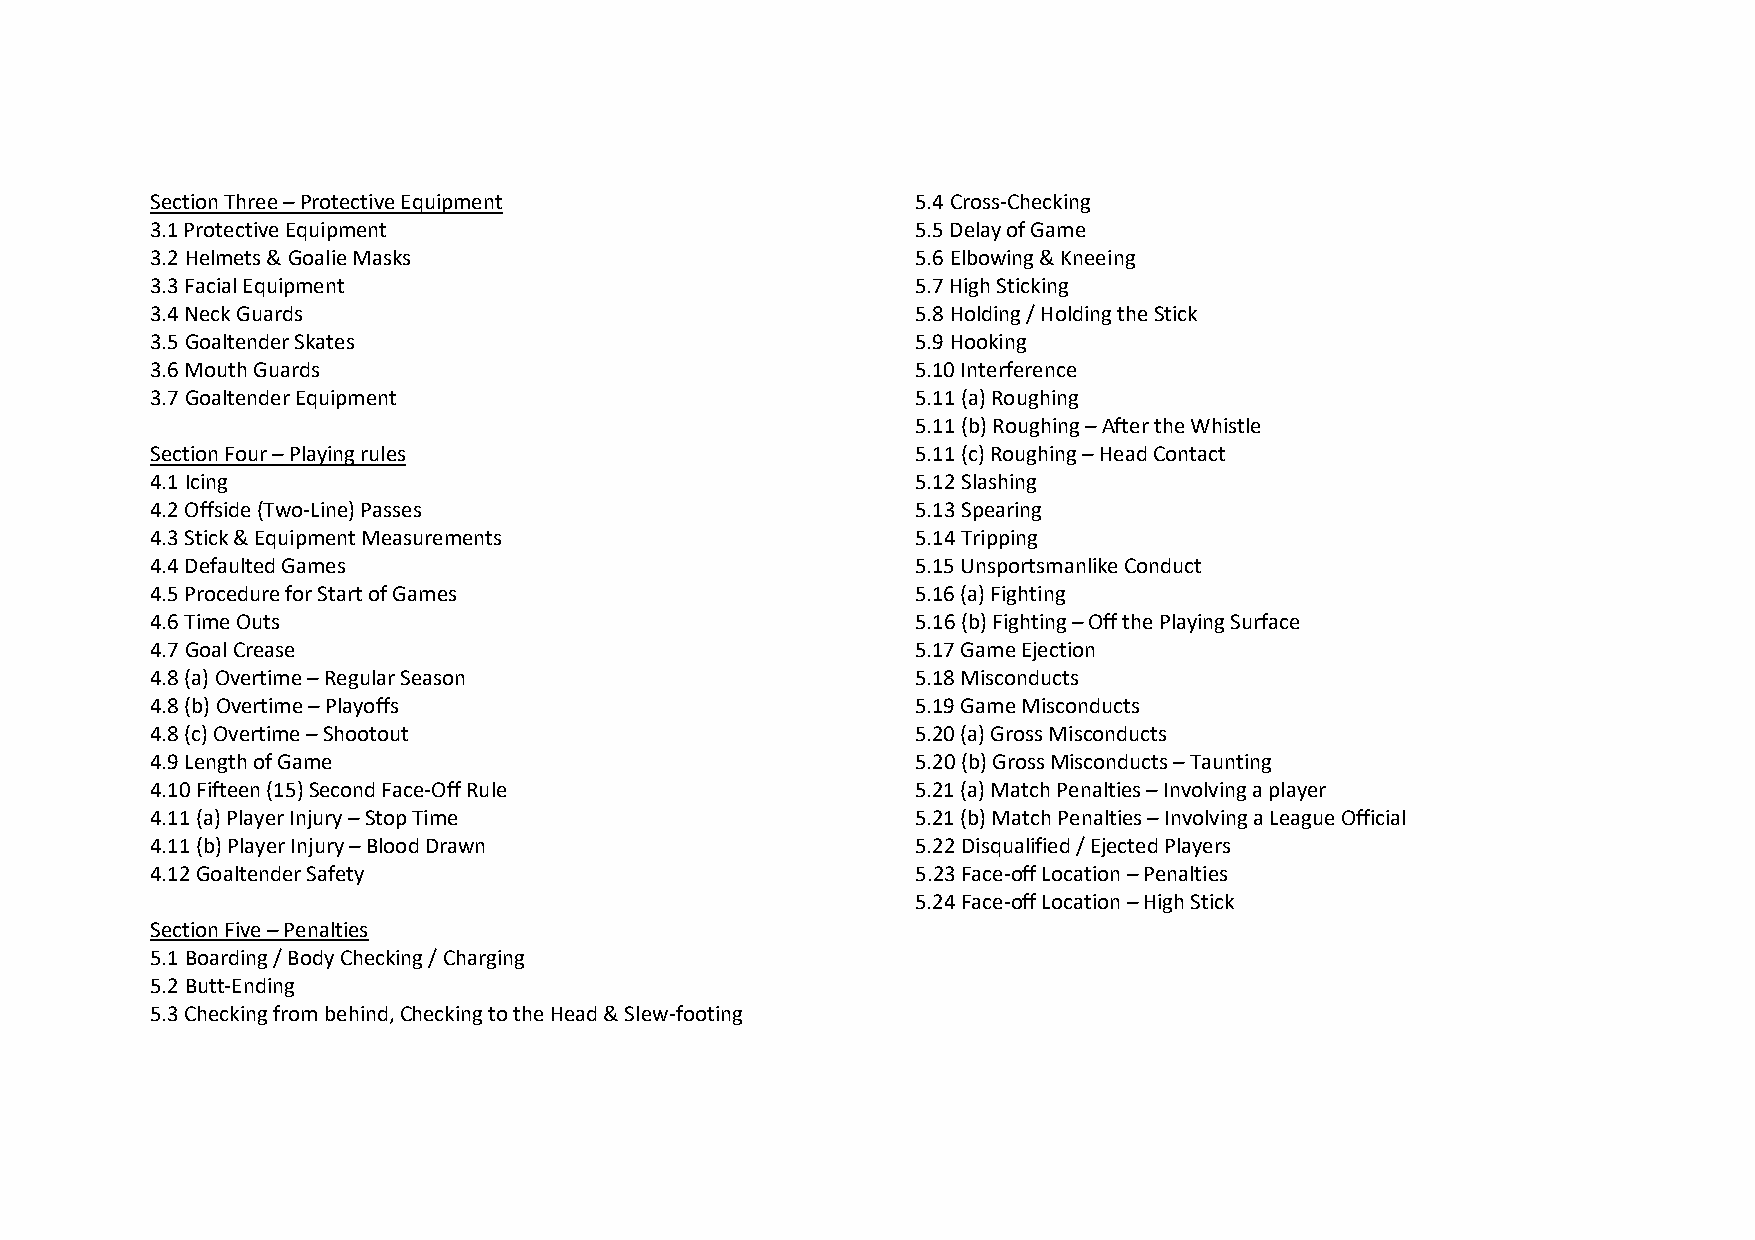
Section Three – Protective Equipment               5.4 Cross-Checking
 3.1 Protective Equipment                           5.5 Delay of Game
 3.2 Helmets & Goalie Masks                         5.6 Elbowing & Kneeing
 3.3 Facial Equipment                               5.7 High Sticking
 3.4 Neck Guards                                    5.8 Holding / Holding the Stick
 3.5 Goaltender Skates                              5.9 Hooking
 3.6 Mouth Guards                                   5.10 Interference
 3.7 Goaltender Equipment                           5.11 (a) Roughing
 5.11 (b) Roughing – After the Whistle
 Section Four – Playing rules                       5.11 (c) Roughing – Head Contact
 4.1 Icing                                          5.12 Slashing
 4.2 Offside (Two-Line) Passes                      5.13 Spearing
 4.3 Stick & Equipment Measurements                 5.14 Tripping
 4.4 Defaulted Games                                5.15 Unsportsmanlike Conduct
 4.5 Procedure for Start of Games                   5.16 (a) Fighting
 4.6 Time Outs                                      5.16 (b) Fighting – Off the Playing Surface
 4.7 Goal Crease                                    5.17 Game Ejection
 4.8 (a) Overtime – Regular Season                  5.18 Misconducts
 4.8 (b) Overtime – Playoffs                        5.19 Game Misconducts
 4.8 (c) Overtime – Shootout                        5.20 (a) Gross Misconducts
 4.9 Length of Game                                 5.20 (b) Gross Misconducts – Taunting
 4.10 Fifteen (15) Second Face-Off Rule             5.21 (a) Match Penalties – Involving a player
 4.11 (a) Player Injury – Stop Time                 5.21 (b) Match Penalties – Involving a League Official
 4.11 (b) Player Injury – Blood Drawn               5.22 Disqualified / Ejected Players
 4.12 Goaltender Safety                             5.23 Face-off Location – Penalties
 5.24 Face-off Location – High Stick
 Section Five – Penalties
 5.1 Boarding / Body Checking / Charging
 5.2 Butt-Ending
 5.3 Checking from behind, Checking to the Head & Slew-footing